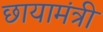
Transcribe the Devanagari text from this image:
छायामंत्री